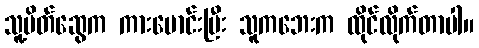
သူ့မိတ်ဆွေက ကားမောင်းပြီး သူကဘေးက ထိုင်လိုက်တာပါ။